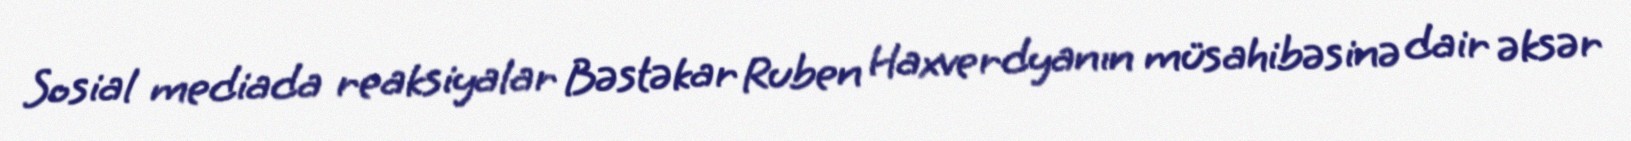
Sosial mediada reaksiyalar Bəstəkar Ruben Haxverdyanın müsahibəsinə dair əksər